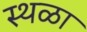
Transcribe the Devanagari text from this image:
स्थळा